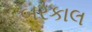
બરકાલ